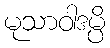
မုသာဝါဒမ္ပိ